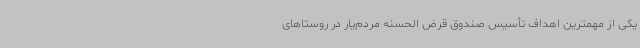
یکی از مهمترین اهداف تأسیس صندوق قرض الحسنه مردم‌یار در روستاهای